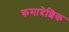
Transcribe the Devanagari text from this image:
क्रमादेशिक